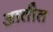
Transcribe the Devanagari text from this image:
आतीत